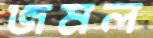
জমল